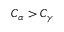
C _ { \alpha } > C _ { \gamma }